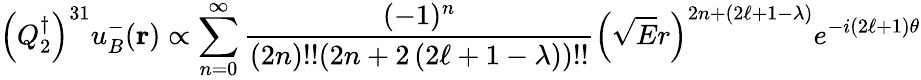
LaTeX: \left(Q_{2}^{\dagger}\right)^{31}u_{B}^{-}({\mathbf r})\propto\sum_{n=0}^{\infty}{\frac{(-1)^{n}}{(2n)!!(2n+2\left(2\ell+1-\lambda\right))!!}}\left(\sqrt{E}r\right)^{2n+\left(2\ell+1-\lambda\right)}e^{-i\left(2\ell+1\right)\theta}